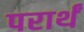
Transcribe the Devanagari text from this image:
परार्थं